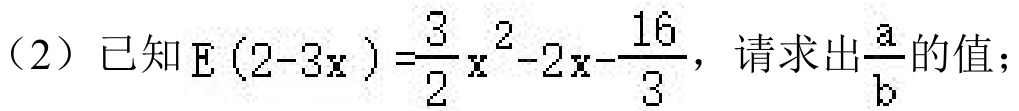
（2）已知\(E(2 - 3x)=\frac{3}{2}x^{2}-2x-\frac{16}{3}\)，请求出\(\frac{a}{b}\)的值；